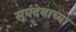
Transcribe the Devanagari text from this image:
सूर्यदेवाच्या